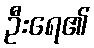
ဦးရေ၏